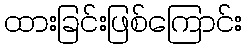
ထားခြင်းဖြစ်ကြောင်း